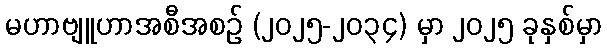
မဟာဗျူဟာအစီအစဉ် (၂၀၂၅-၂၀၃၄) မှာ ၂၀၂၅ ခုနှစ်မှာ